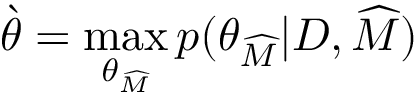
\grave { \theta } = \operatorname* { m a x } _ { \theta _ { \widehat { M } } } p ( \theta _ { \widehat { M } } | D , \widehat { M } )